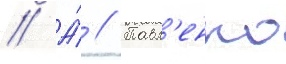
// А́ // Павл'енко